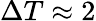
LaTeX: \Delta T\approx 2